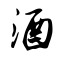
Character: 酒